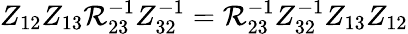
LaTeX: Z_{12}Z_{13}{\cal\mathcal{R}}_{23}^{-1}Z_{32}^{-1}={\cal\mathcal{R}}_{23}^{-1}Z_{32}^{-1}Z_{13}Z_{12}